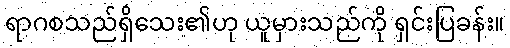
ရာဂစသည်ရှိသေး၏ဟု ယူမှားသည်ကို ရှင်းပြခန်း။